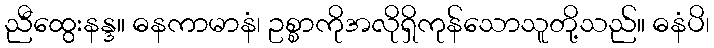
ညီထွေးနန္ဒ။ ဓနကာမာနံ၊ ဥစ္စာကိုအလိုရှိကုန်သောသူတို့သည်။ ဓနံပိ၊